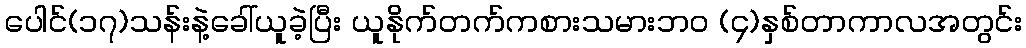
ပေါင်(၁၇)သန်းနဲ့ခေါ်ယူခဲ့ပြီး ယူနိုက်တက်ကစားသမားဘ၀ (၄)နှစ်တာကာလအတွင်း